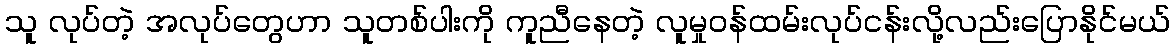
သူ လုပ်တဲ့ အလုပ်တွေဟာ သူတစ်ပါးကို ကူညီနေတဲ့ လူမှုဝန်ထမ်းလုပ်ငန်းလို့လည်းပြောနိုင်မယ်